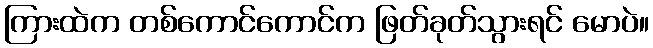
ကြားထဲက တစ်ကောင်ကောင်က ဖြတ်ခုတ်သွားရင် မောပဲ။